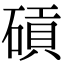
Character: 碽